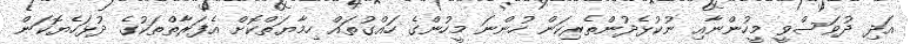
އަދި ދުވަސްވީ މީހުންނާއި ނުކުޅެދުންތެރިކަން ހުންނަ މީހުންގެ ހައްގުތައް ހިމާޔަތްކޮށް އެފަރާތްތަކުގެ ދުޅަހެޔޮކަން